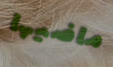
ماضيها